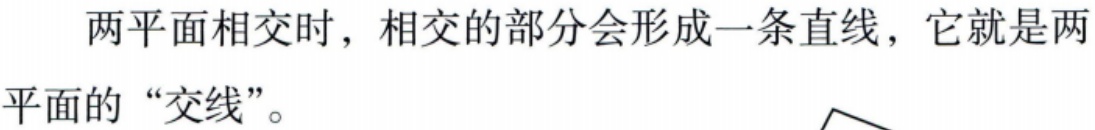
两平面相交时，相交的部分会形成一条直线，它就是两平面的“交线”。